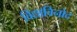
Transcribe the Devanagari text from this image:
विद्याविनोद